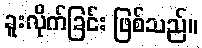
ခူးလိုက်ခြင်း ဖြစ်သည်။